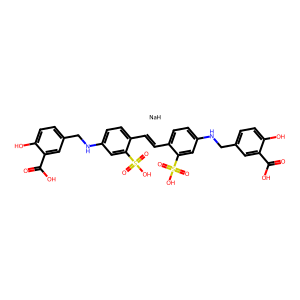
SMILES: O=C(O)c1cc(CNc2ccc(C=Cc3ccc(NCc4ccc(O)c(C(=O)O)c4)cc3S(=O)(=O)O)c(S(=O)(=O)O)c2)ccc1O.[NaH]
Inhibits HIV replication: Yes